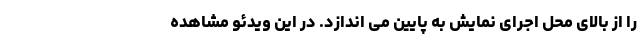
را از بالای محل اجرای نمایش به پایین می اندازد. در این ویدئو مشاهده